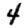
Digit: 4